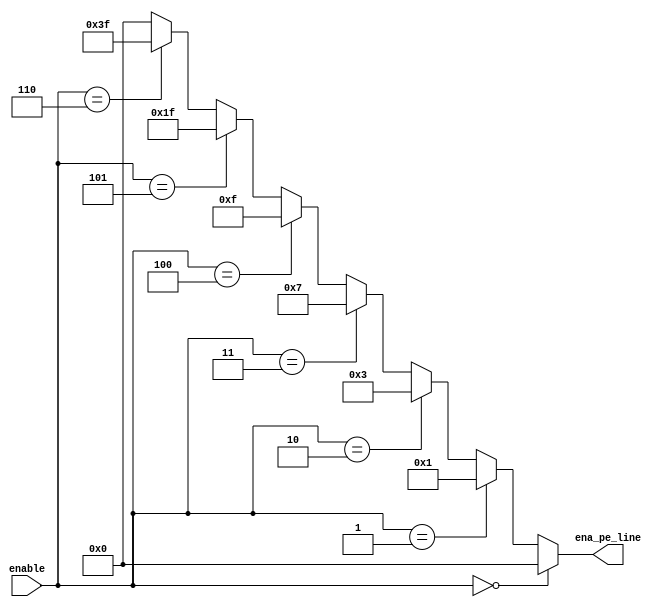
`timescale 1ns / 1ps
//////////////////////////////////////////////////////////////////////////////////
// Company: 
// Engineer: 
// 
// Design Name: 
// Module Name: MAX_pe_line
// Project Name: 
// Target Devices: 
// Tool Versions: 
// Description: 
// 
// Dependencies: 
// 
// Revision:
// Revision 0.01 - File Created
// Additional Comments:
// 
//////////////////////////////////////////////////////////////////////////////////


module MAX_pe_line(
	input 			[7:0]	enable,

	output			[5:0]	ena_pe_line
    );

assign ena_pe_line = (enable == 8'h00)?6'b000000:(enable == 8'h01)?6'b000001:(enable == 8'h02)?6'b000011:(enable == 8'h03)?6'b000111:(enable == 8'h04)?6'b001111:(enable == 8'h05)?6'b011111:(enable == 8'h06)?6'b111111:6'b000000;
endmodule